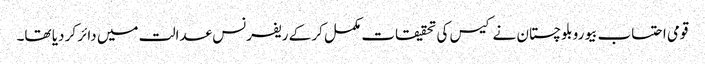
قومی احتساب بیورو بلوچستان نے کیس کی تحقیقات مکمل کر کے ریفرنس عدالت میں دائر کر دیا تھا۔